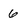
Character: 6